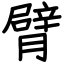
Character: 臂